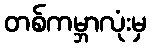
တစ်ကမ္ဘာလုံးမှ